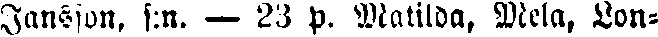
Jansson, f:n. — 23 p. Matilda, Mela, Lon-